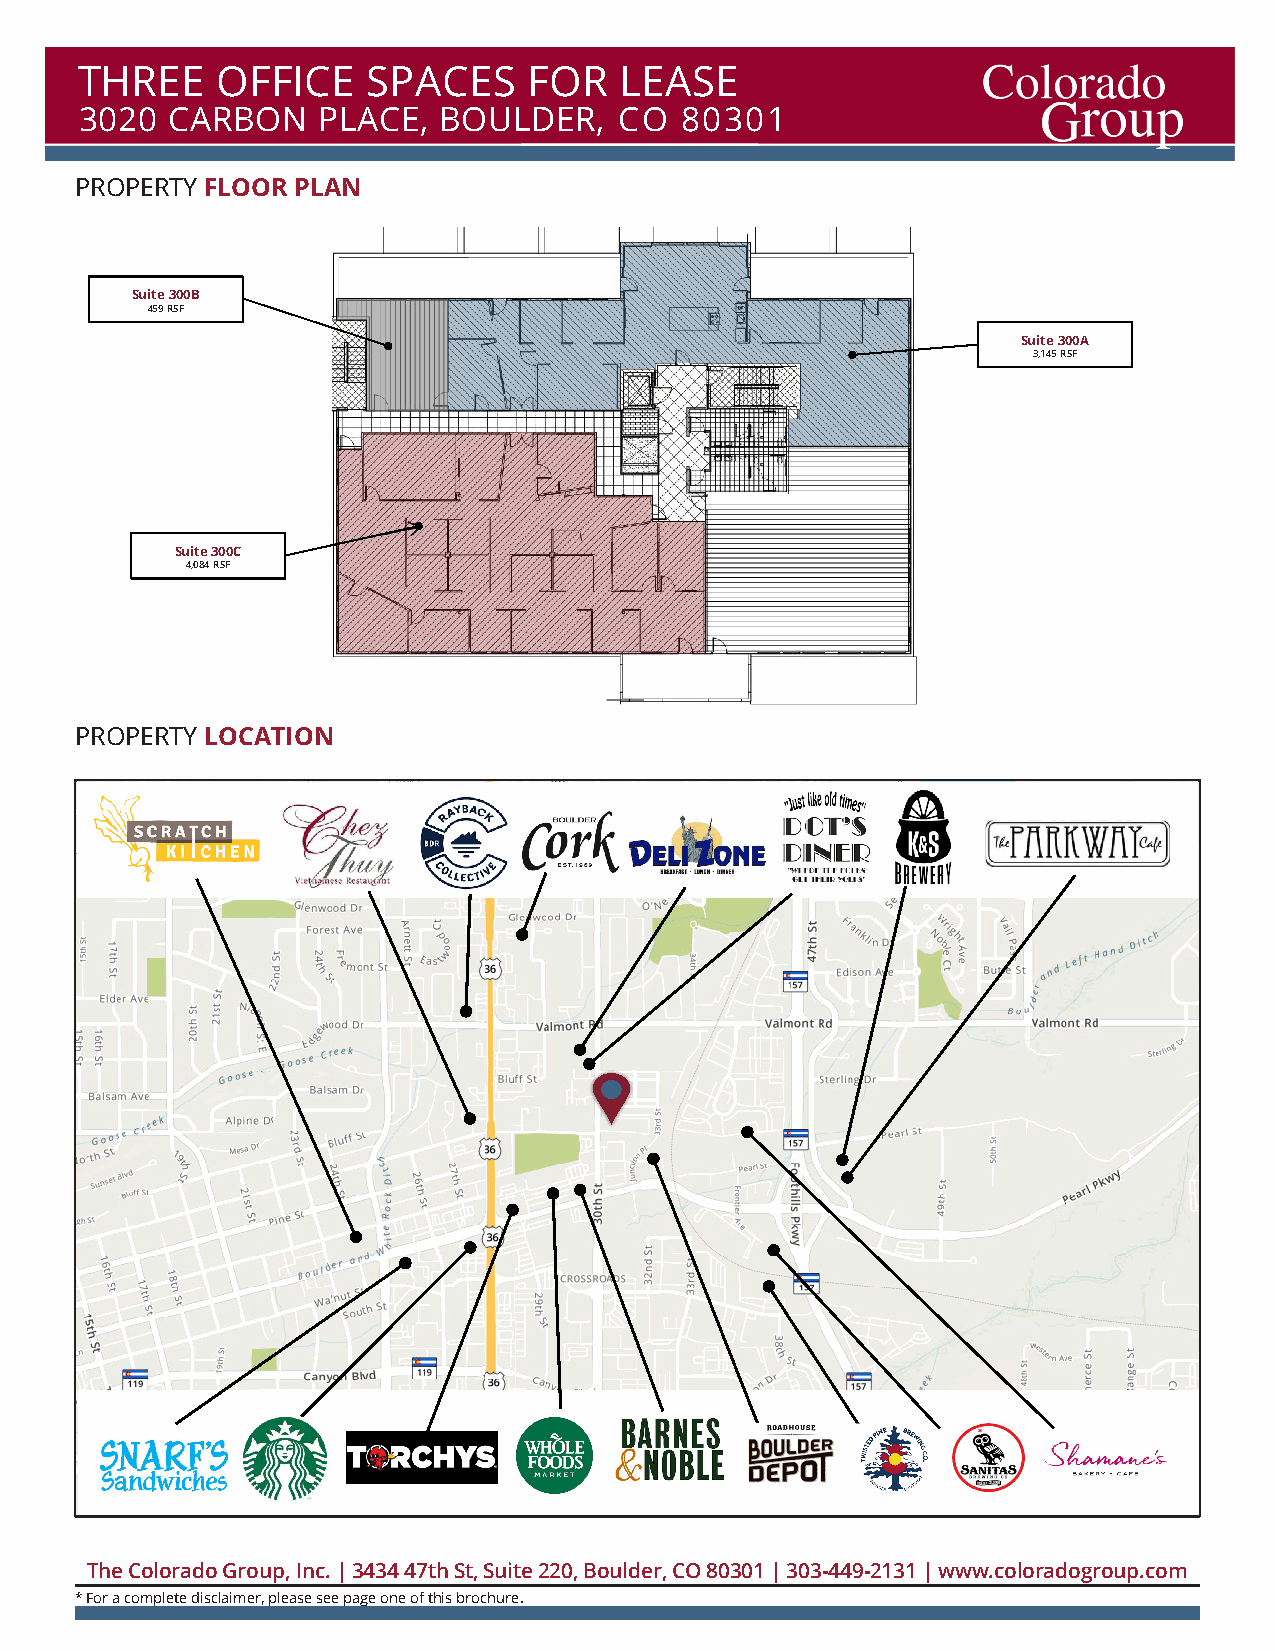
THREE    OFFICE    SPACES     FOR   LEASE
 3020  CARBON    PLACE,  BOULDER,    CO  80301
 PROPERTY FLOOR PLAN
 Suite 300B
 459 RSF
 Suite 300A
 3,145 RSF
 Suite 300C
 4,084 RSF
 PROPERTY LOCATION
 The Colorado Group, Inc. | 3434 47th St, Suite 220, Boulder, CO 80301 | 303-449-2131 | www.coloradogroup.com
 * For a complete disclaimer, please see page one of this brochure.